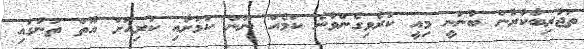
ތަޖުރިބާކާރުން ބުނަނީ މިއީ ކުރެވިގެންވާނެ ކަމެއް ނޫން ކަމަށާއި ކުރިއަށް އޮތް ތަނުގައި